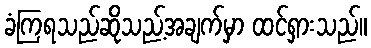
ခံကြရသည်ဆိုသည့်အချက်မှာ ထင်ရှားသည်။